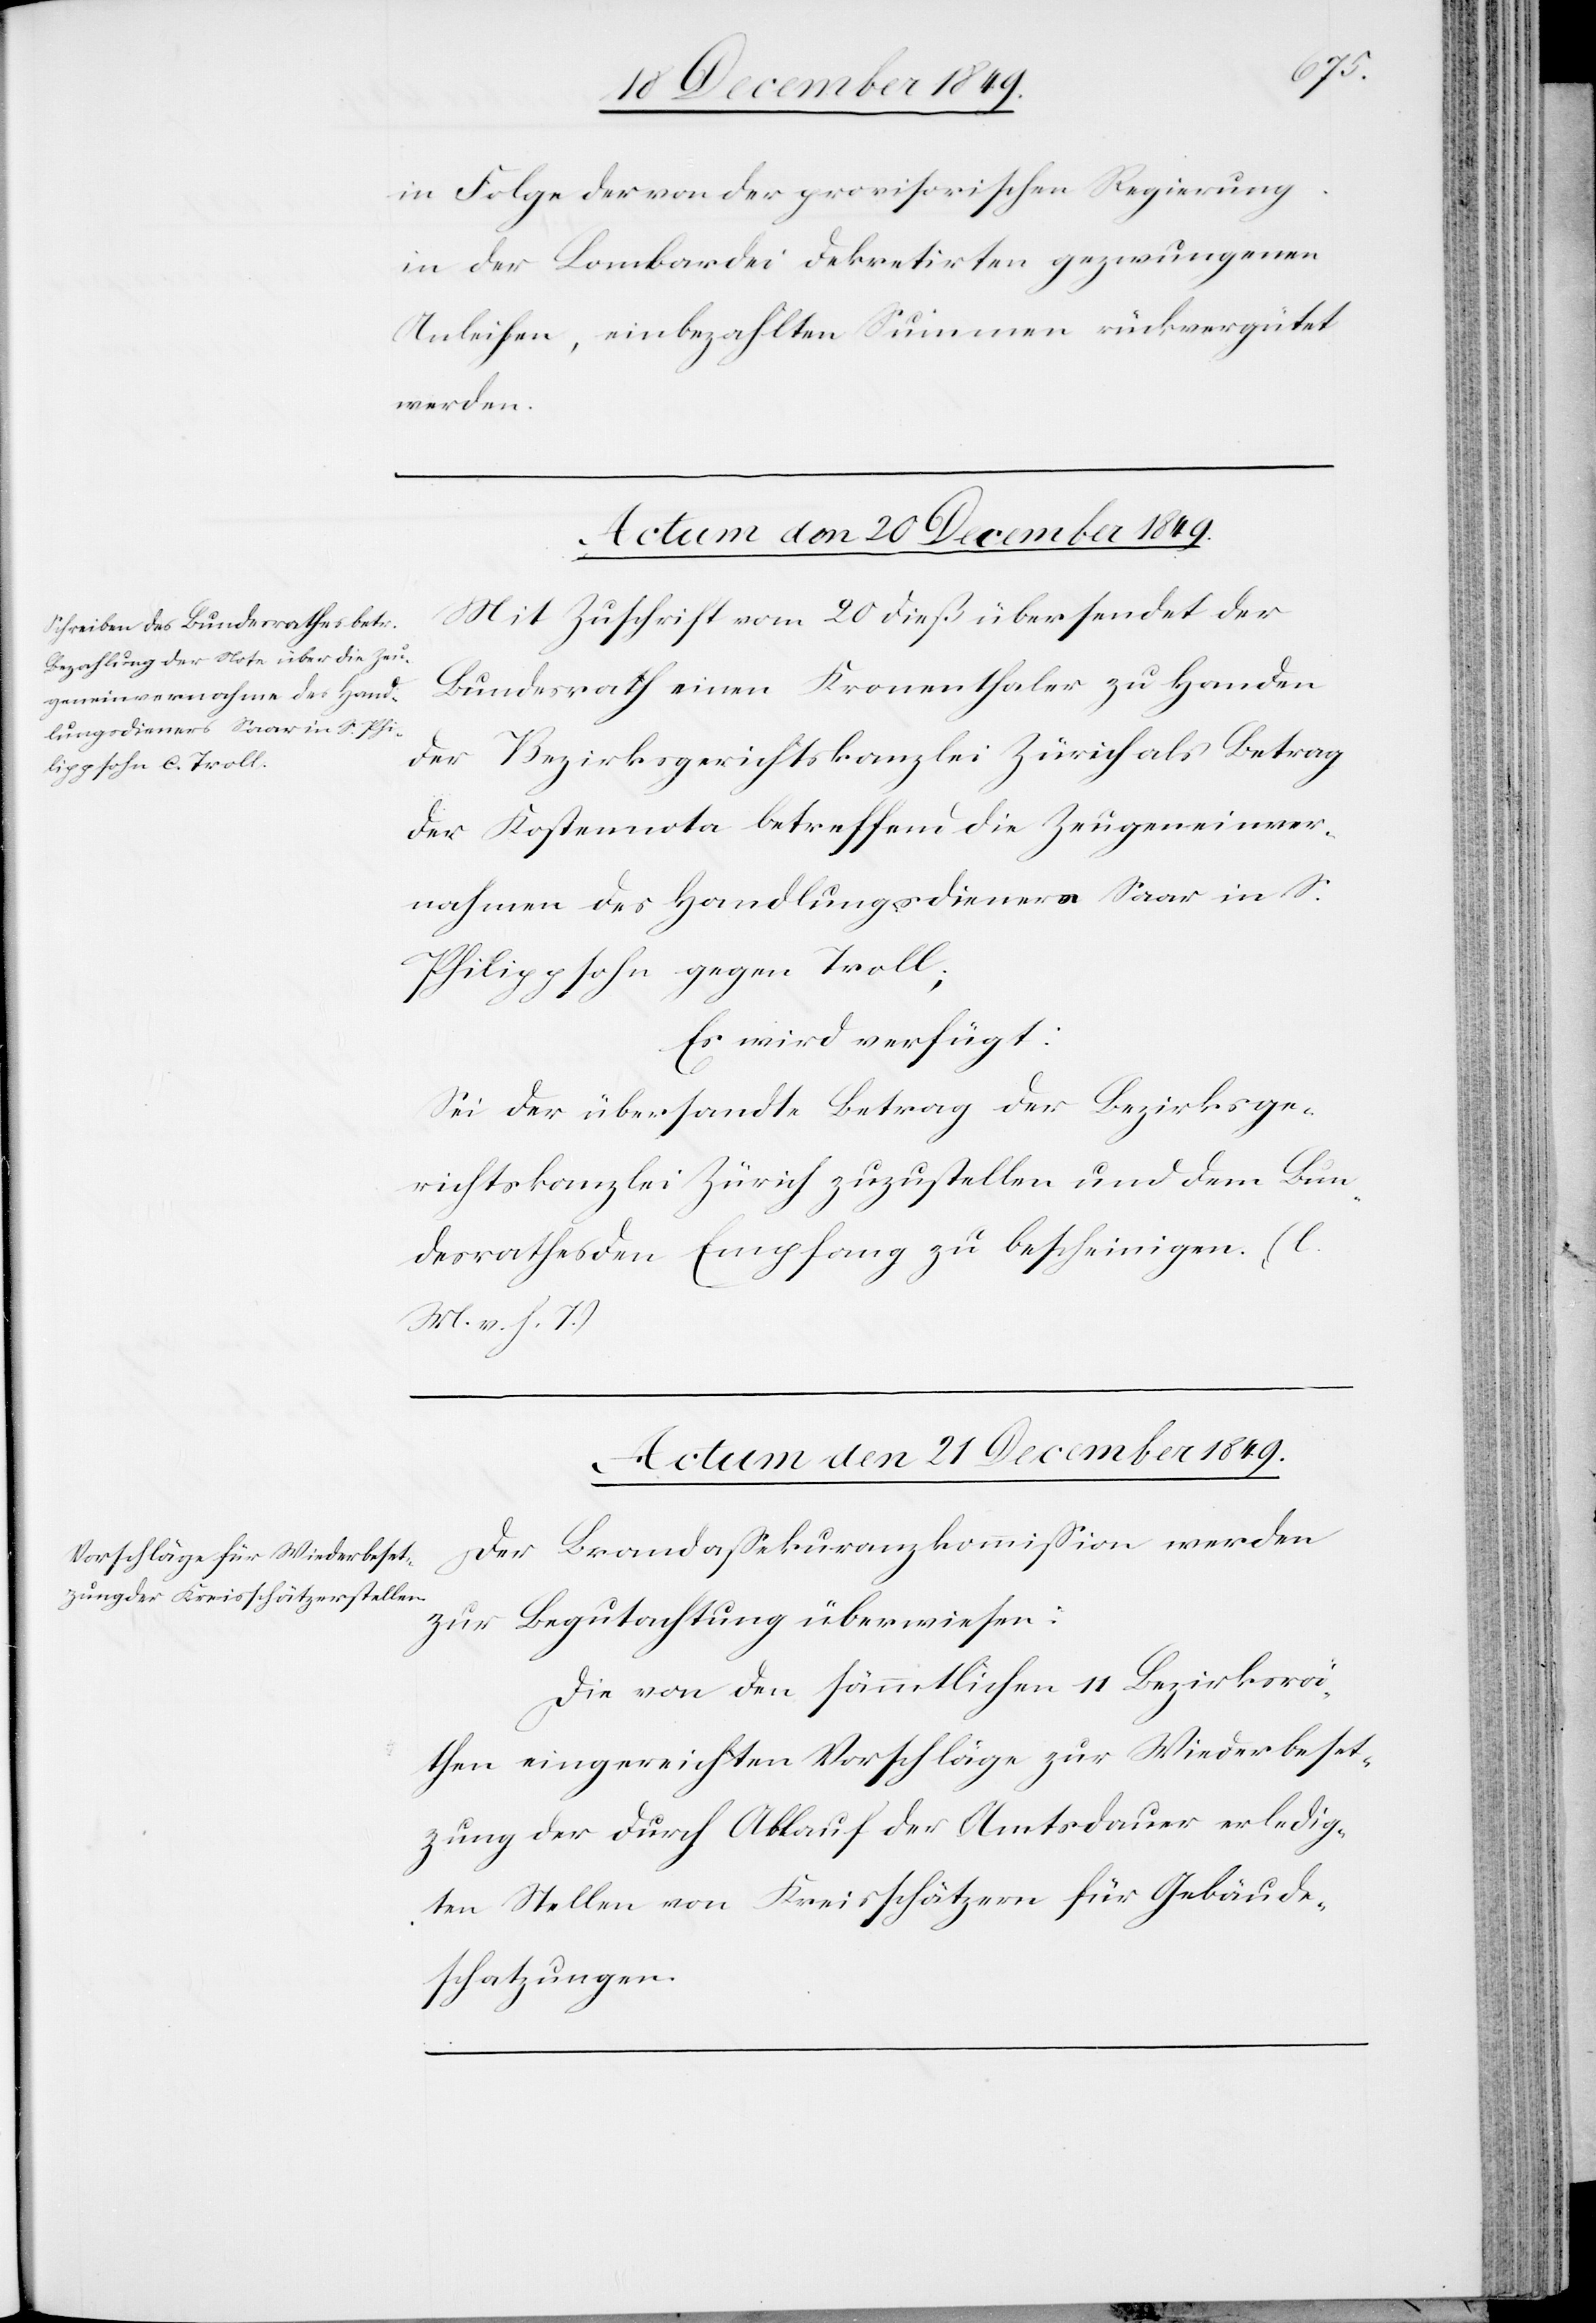
in Folge der von der provisorischen Regierung
in der Lombardei dekretirten gezwungenen
Anleihen, einbezahlten Summen rückvergütet
werden.
Actum den 20 December 1849.
Mit Zuschrift vom 20 dieß übersendet der
Bundesrath einen Kronenthaler zu Handen
der Bezirksgerichtskanzlei Zürich als Betrag
der Kostennota betreffend die Zeugeneinver¬
nahme des Handlungsdieners Saar in S.
Philippsohn gegen Troll;
Es wird verfügt:
Sei der übersandte Betrag der Bezirksge¬
richtskanzlei Zürich zuzustellen und dem Bun¬
desrathes [sic!] dem Empfang zu bescheinigen. [l.
M. v. h. T]
Actum den 21 December 1849.
Der Brandaßekuranzkommißion werden
zur Begutachtung überwiesen:
Die von den sämmtlichen 11 Bezirksrä¬
then eingereichten Vorschläge zur Wiederbeset¬
zung der durch Ablauf der Amtsdauer erledig¬
ten Stellen von Kreisschätzern für Gebäude¬
schatzungen.